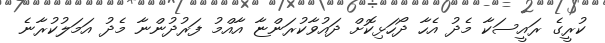
ކުރީގެ ރައީސަކާ މެދު އެހާ ދޯހަޅިކޮށް ދައުވާކުރަންޏާ އާއްމު ފަރުދުންނާ މެދު އަމަލުކުރާނެ